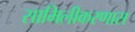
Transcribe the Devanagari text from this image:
सामिलीकरणास